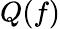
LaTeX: Q(f)